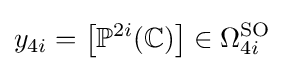
y_{4i}=\left[\mathbb {P} ^{2i}(\mathbb {C} )\right]\in \Omega _{4i}^{\text{SO}}